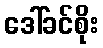
ဒေါ်ခင်စိုး